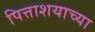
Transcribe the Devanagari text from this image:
पित्ताशयाच्या